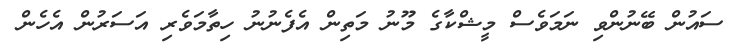
ސައުން ބޭނުންވި ނަމަވެސް މީޝްކާގެ މޫނު މަތިން އެފެނުނު ހިތާމަވެރި އަސަރުން އެހެން